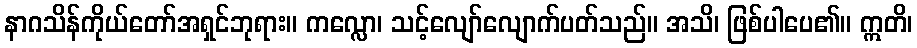
နာဂသိန်ကိုယ်တော်အရှင်ဘုရား။ ကလ္လော၊ သင့်လျော်လျောက်ပတ်သည်။ အသိ၊ ဖြစ်ပါပေ၏။ ဣတိ၊